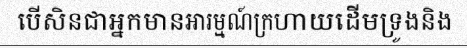
បើសិនជាអ្នកមានអារម្មណ៍ក្រហាយដើមទ្រូងនិង